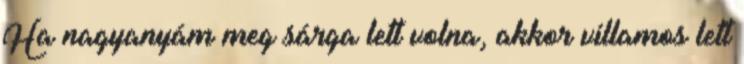
Ha nagyanyám meg sárga lett volna, akkor villamos lett